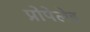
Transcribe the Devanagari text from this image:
प्रोपेलेड